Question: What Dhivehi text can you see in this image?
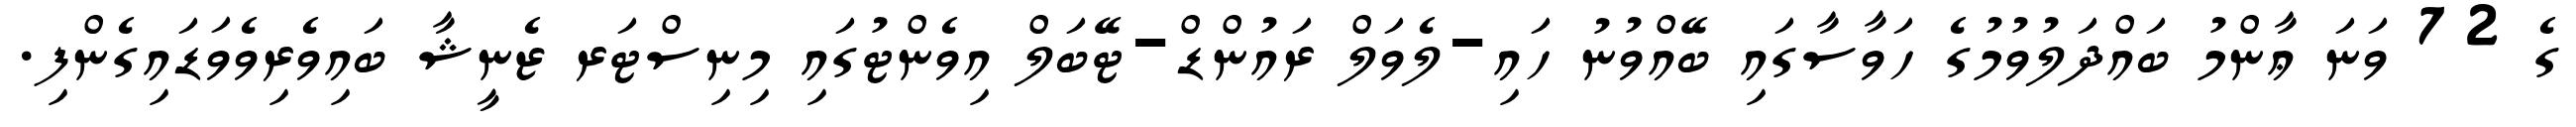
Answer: ގެ 72 ވަނަ ޢާންމު ބައްދަލުވުމުގެ ހަވާސާގައި ބޭއްވުނު ހައި-ލެވަލް ރައުންޑް-ޓޭބަލް އިވެންޓުގައި މިނިސްޓަރ ޒެނީޝާ ބައިވެރިވެވަޑައިގެންފި.